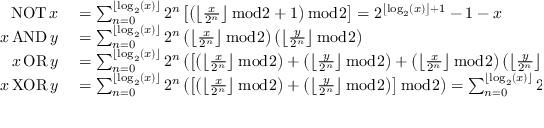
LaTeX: \begin{array} { r l } { \operatorname { N O T } x } & { { } = \sum _ { n = 0 } ^ { \lfloor \log _ { 2 } ( x ) \rfloor } 2 ^ { n } \left[ \left( \left\lfloor { \frac { x } { 2 ^ { n } } } \right\rfloor { \bmod { 2 } } + 1 \right) { \bmod { 2 } } \right] = 2 ^ { \left\lfloor \log _ { 2 } ( x ) \right\rfloor + 1 } - 1 - x } \\ { x \operatorname { A N D } y } & { { } = \sum _ { n = 0 } ^ { \lfloor \log _ { 2 } ( x ) \rfloor } 2 ^ { n } \left( \left\lfloor { \frac { x } { 2 ^ { n } } } \right\rfloor { \bmod { 2 } } \right) \left( \left\lfloor { \frac { y } { 2 ^ { n } } } \right\rfloor { \bmod { 2 } } \right) } \\ { x \operatorname { O R } y } & { { } = \sum _ { n = 0 } ^ { \lfloor \log _ { 2 } ( x ) \rfloor } 2 ^ { n } \left( \left[ \left( \left\lfloor { \frac { x } { 2 ^ { n } } } \right\rfloor { \bmod { 2 } } \right) + \left( \left\lfloor { \frac { y } { 2 ^ { n } } } \right\rfloor { \bmod { 2 } } \right) + \left( \left\lfloor { \frac { x } { 2 ^ { n } } } \right\rfloor { \bmod { 2 } } \right) \left( \left\lfloor { \frac { y } { 2 ^ { n } } } \right\rfloor { \bmod { 2 } } \right) \right] { \bmod { 2 } } \right) } \\ { x \operatorname { X O R } y } & { { } = \sum _ { n = 0 } ^ { \lfloor \log _ { 2 } ( x ) \rfloor } 2 ^ { n } \left( \left[ \left( \left\lfloor { \frac { x } { 2 ^ { n } } } \right\rfloor { \bmod { 2 } } \right) + \left( \left\lfloor { \frac { y } { 2 ^ { n } } } \right\rfloor { \bmod { 2 } } \right) \right] { \bmod { 2 } } \right) = \sum _ { n = 0 } ^ { \lfloor \log _ { 2 } ( x ) \rfloor } 2 ^ { n } \left[ \left( \left\lfloor { \frac { x } { 2 ^ { n } } } \right\rfloor + \left\lfloor { \frac { y } { 2 ^ { n } } } \right\rfloor \right) { \bmod { 2 } } \right] } \end{array}